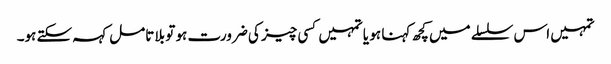
تمہیں اس سلسلے میں کچھ کہنا ہو یا تمہیں کسی چیز کی ضرورت ہو تو بلا تامل کہہ سکتے ہو۔